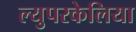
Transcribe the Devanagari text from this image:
ल्युपरकेलिया